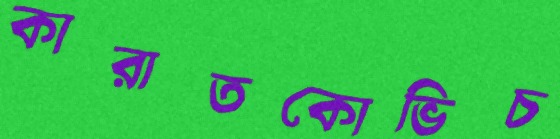
কারাতকোভিচ